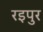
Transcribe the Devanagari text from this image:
रइपुर